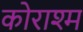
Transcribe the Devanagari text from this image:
कोराश्म